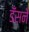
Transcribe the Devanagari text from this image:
डँसने